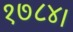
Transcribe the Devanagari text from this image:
१७८४।